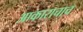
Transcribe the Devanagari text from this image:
आकाराचाच